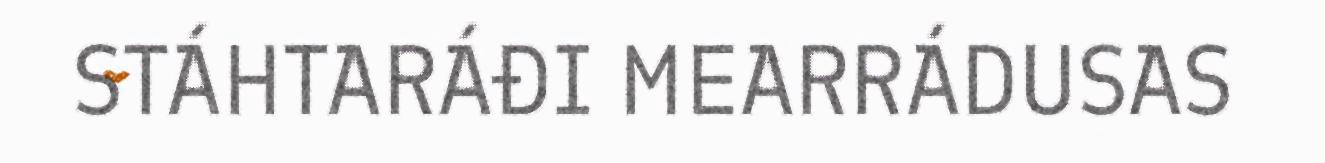
STÁHTARÁĐI MEARRÁDUSAS